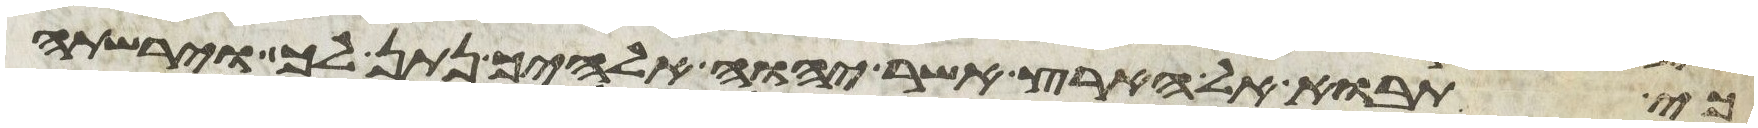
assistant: כי תבוא אל הארץ אשר יהוה אלהיך נתן לך וירשת